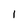
Character: l